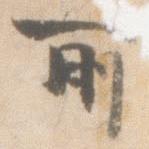
所